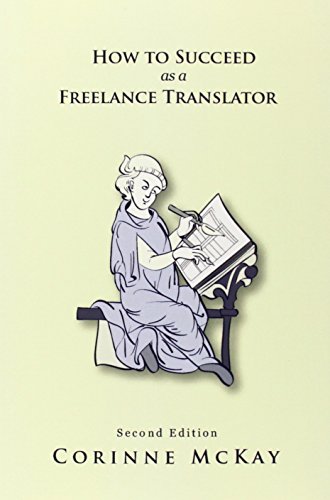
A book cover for How to Succeed as a Freelance Translator; Corinne McKay; Reference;